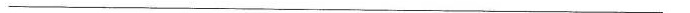
___